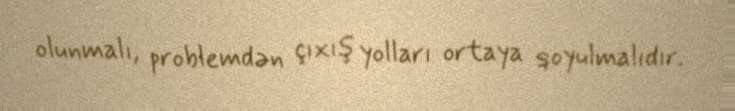
olunmalı, problemdən çıxış yolları ortaya qoyulmalıdır.